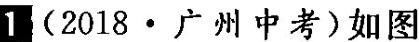
1 (2018·广州中考)如图